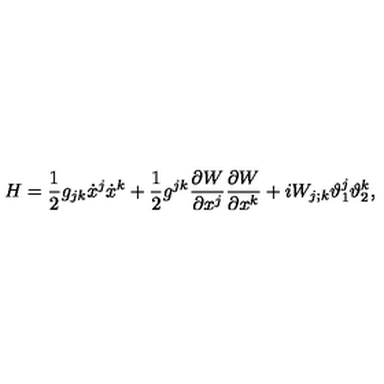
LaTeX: H = \frac { 1 } { 2 } g _ { j k } \dot { x } ^ { j } \dot { x } ^ { k } + \frac { 1 } { 2 } g ^ { j k } \frac { \partial W } { \partial x ^ { j } } \frac { \partial W } { \partial x ^ { k } } + i W _ { j ; k } \vartheta _ { 1 } ^ { j } \vartheta _ { 2 } ^ { k } ,